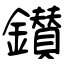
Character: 鑚